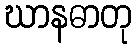
ဃာနဓာတု